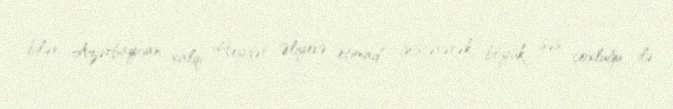
bilən Azərbaycan xalqı Heydər Əliyevə etimad göstərərək böyük səs çoxluğu ilə